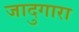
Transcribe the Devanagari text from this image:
जादुगारा